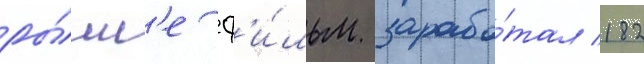
ры́нк'е ф'и́льм зарабо́тал 182